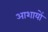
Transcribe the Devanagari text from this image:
आशायों